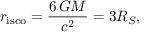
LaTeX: r _ { \mathrm { i s c o } } = { \frac { 6 \, G M } { c ^ { 2 } } } = 3 R _ { S } ,